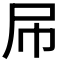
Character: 𡰯